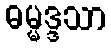
ဓမ္မဒ္ဒသာ